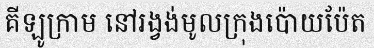
គីឡូក្រាម នៅរង្វង់មូលក្រុងប៉ោយប៉ែត